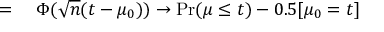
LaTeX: \begin{array} { r l } { = { } } & { { } \Phi ( { \sqrt { n } } ( t - \mu _ { 0 } ) ) \rightarrow \operatorname* { P r } ( \mu \leq t ) - 0 . 5 [ \mu _ { 0 } = t ] } \end{array}